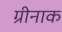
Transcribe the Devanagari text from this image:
ग्रीनाक